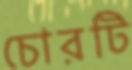
চোরটি